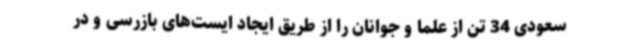
سعودی 34 تن از علما و جوانان را از طریق ایجاد ایست‌های بازرسی و در